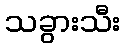
သခွားသီး